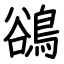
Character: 鵒